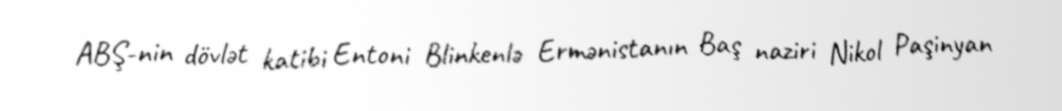
ABŞ-nin dövlət katibi Entoni Blinkenlə Ermənistanın Baş naziri Nikol Paşinyan